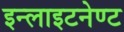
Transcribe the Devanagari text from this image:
इन्लाइटनेण्ट